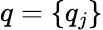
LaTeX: q=\{ q_{j}\}